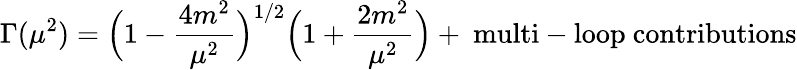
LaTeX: \Gamma(\mu^{2})=\Bigl(1-\frac{4m^{2}}{\mu^{2}}\Bigr)^{1/2}\Bigl(1+\frac{2m^{2}}{\mu^{2}}\Bigr)+\mathrm{~multi-loop~contributions}